Lunatic asylums Punjab 1868-1880 - 1868-1880
Year: 1868
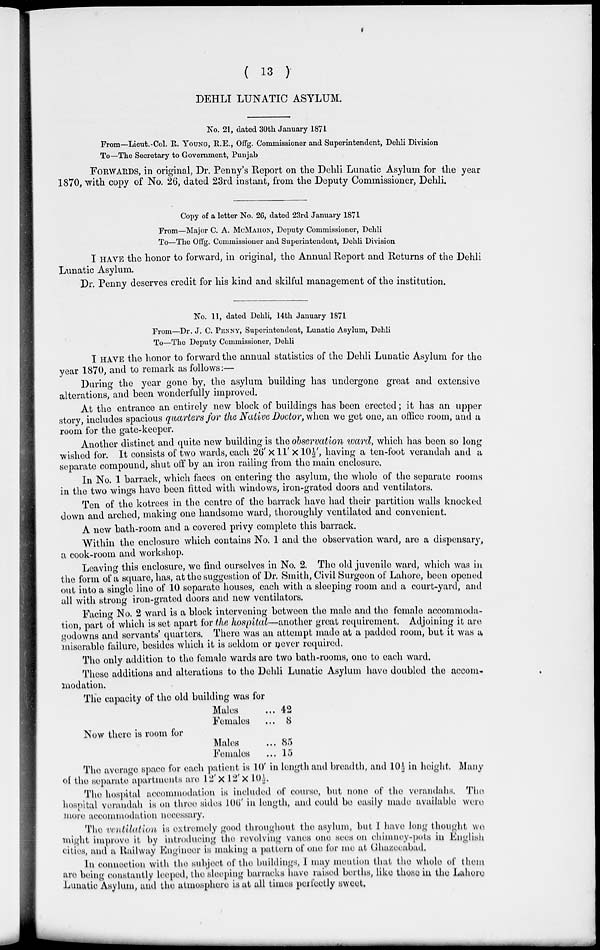
( 13 )
DEHLI LUNATIC ASYLUM.
No. 21, dated 30th January 1871
From—Lieut.-Col. R. YOUNG, R.E., Offg. Commissioner and Superintendent, Dehli Division
To—The Secretary to Government, Punjab
FORWARDS, in original, Dr. Penny's Report on the Dehli Lunatic Asylum for the year
1870, with copy of No. 26, dated 23rd instant, from the Deputy Commissioner, Dehli.
Copy of a letter No. 26, dated 23rd January 1871
From—Major C. A. McMAHON, Deputy Commissioner, Dehli
To—The Offg. Commissioner and Superintendent, Dehli Division
I HAVE the honor to forward, in original, the Annual Report and Returns of the Dehli
Lunatic Asylum.
Dr. Penny deserves credit for his kind and skilful management of the institution.
No. 11, dated Dehli, 14th January 1871
From—Dr. J. C. PENNY, Superintendent, Lunatic Asylum, Dehli
To—The Deputy Commissioner, Dehli
I HAVE the honor to forward the annual statistics of the Dehli Lunatic Asylum for the
year 1870, and to remark as follows:—
During the year gone by, the asylum building has undergone great and extensive
alterations, and been wonderfully improved.
At the entrance an entirely new block of buildings has been erected; it has an upper
story, includes spacious quarters for the Native Doctor, when we get one, an office room, and a
room for the gate-keeper.
Another distinct and quite new building is the observation ward, which has been so long
wished for. It consists of two wards, each 26' x 11' × 10 ½', having a ten-foot verandah and a
separate compound, shut off by an iron railing from the main enclosure.
In No. 1 barrack, which faces on entering the asylum, the whole of the separate rooms
in the two wings have been fitted with windows, iron-grated doors and ventilators.
Ten of the kotrees in the centre of the barrack have had their partition walls knocked
down and arched, making one handsome ward, thoroughly ventilated and convenient.
A new bath-room and a covered privy complete this barrack.
Within the enclosure which contains No. 1 and the observation ward, are a dispensary,
a cook-room and workshop.
Leaving this enclosure, we find ourselves in No. 2. The old juvenile ward, which was in
the form of a square, has, at the suggestion of Dr. Smith, Civil Surgeon of Labore, been opened
out into a single line of 10 separate houses, each with a sleeping room and a court-yard, and
all with strong iron-grated doors and new ventilators.
Facing No. 2 ward is a block intervening between the male and the female accommoda-
tion, part of which is set apart for the hospital—another great requirement. Adjoining it are
godowns and servants' quarters. There was an attempt made at a padded room, but it was a
miserable failure, besides which it is seldom or never required.
The only addition to the female wards are two bath-rooms, one to each ward.
These additions and alterations to the Dehli Lunatic Asylum have doubled the acom-
modation.
The capacity of the old building was for
Males ...
Females ...
42
8
Now there is room for
Males ...
Females ...
85
15
The average space for each patient is 10' in length and breadth, and 10½ in height. Many
of the separate apartments are 12' × 12' × 10½.
The hospital accommodation is included of course, but none of the verandahs. The
hospital verandah is on three sides 106' in length, and could be easily made available were
more accommodation necessary.
The ventilation is extremely good throughout the asylum, but I have long thought we
might improve it by introducing the revolving vanes one sees on chimney-pots in English
cities, and a Railway Engineer is making a pattern of one for me at Ghazeeabad.
In connection with the subject of the buildings, I may mention that the whole of them
are being constantly leeped, the sleeping barracks have raised berths, like those in the Lahore
Lunatic Asylum, and the atmosphere is at all times perfectly sweet.